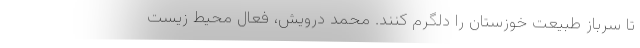
تا سرباز طبیعت خوزستان را دلگرم کنند. محمد درویش، فعال محیط زیست